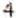
4